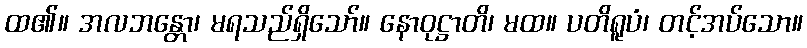
ထ၏။ အလဘန္တော၊ မရသည်ရှိသော်။ နောဝုဋ္ဌာတိ၊ မထ။ ပတိရူပံ၊ တင့်အပ်သော။